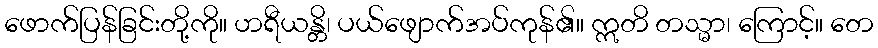
ဖောက်ပြန်ခြင်းတို့ကို။ ဟရီယန္တိ၊ ပယ်ဖျောက်အပ်ကုန်၏။ ဣတိ တသ္မာ၊ ကြောင့်။ တေ